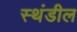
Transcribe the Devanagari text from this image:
स्थंडील